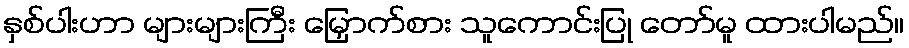
နှစ်ပါးဟာ များများကြီး မြှောက်စား သူကောင်းပြု တော်မူ ထားပါမည်။